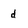
Character: d